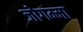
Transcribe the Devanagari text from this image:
जोगम्मा